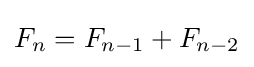
F_{n}=F_{n-1}+F_{n-2}